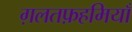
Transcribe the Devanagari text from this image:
ग़लतफ़हमियाँ